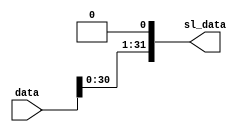
`timescale 1ns / 1ps

module sleft(
    input [31:0]data,
    output wire [31:0]sl_data
    );
    assign sl_data={data[30:0],1'b0};
endmodule